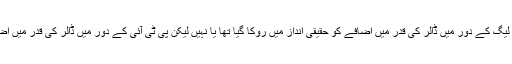
میں نے جب اس پر غور کیا تو مجھے لگا کہ ن لیگ کے دور میں ڈالر کی قدر میں اضافے کو حقیقی انداز میں روکا گیا تھا یا نہیں لیکن پی ٹی آئی کے دور میں ڈالر کی قدر میں اضافہ ضرور "مصنوئی" طریقے سے کیا گیا ہے۔